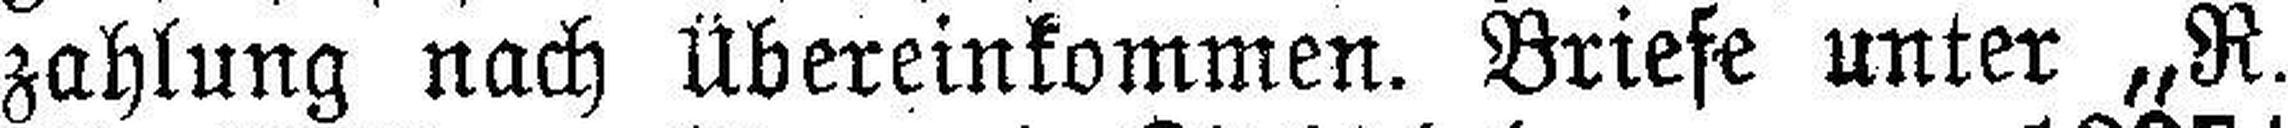
zahlung nach Übereinkommen. Briefe unter „R.